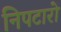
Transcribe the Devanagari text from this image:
निपटारो